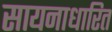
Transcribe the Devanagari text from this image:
सायनाधारित